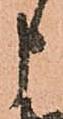
申